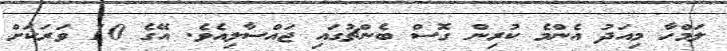
ލަމްހާ މިއަދު އެންމެ ކުރިން ގޮސް ބެންޗުގައި ޖައްސާލިއެވެ. އޭގެ 10 ވަރަކަށް